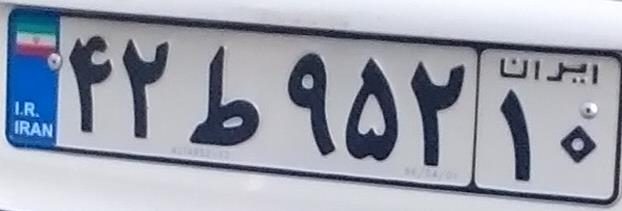
۴۲ط۹۵۲۱۰